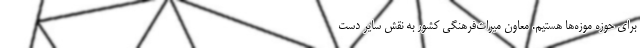
برای حوزه موزه‌ها هستیم‌. معاون میراث‌فرهنگی کشور به نقش سایر دست